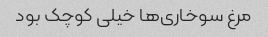
مرغ سوخاری‌ها خیلی کوچک بود